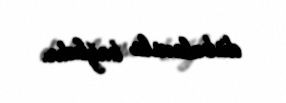
disbalansla bağlıdır.